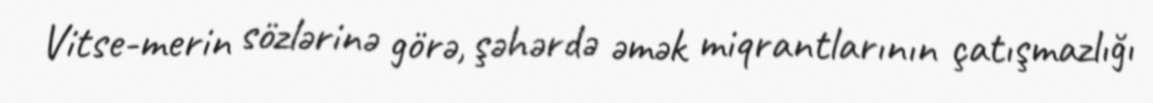
Vitse-merin sözlərinə görə, şəhərdə əmək miqrantlarının çatışmazlığı